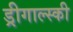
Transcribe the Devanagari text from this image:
ड्रीगाल्स्की